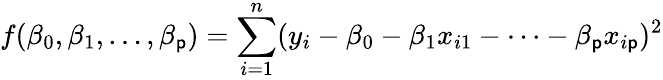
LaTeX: f(\beta_{0},\beta_{1},\dots,\beta_{\mathsf{p}})=\sum_{i=1}^{n}(y_{i}-\beta_{0}-\beta_{1}x_{i1}-\dots-\beta_{\mathsf{p}}x_{i\mathsf{p}})^{2}